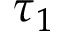
\tau _ { 1 }